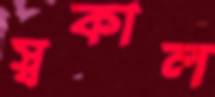
স্বকাল